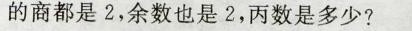
的商都是2，余数也是2，丙数是多少?